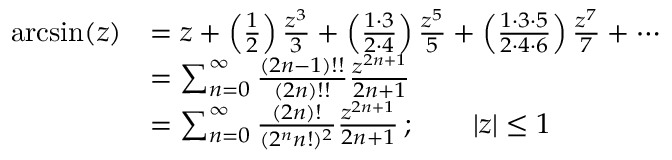
{ \begin{array} { r l } { \arcsin ( z ) } & { = z + \left( { \frac { 1 } { 2 } } \right) { \frac { z ^ { 3 } } { 3 } } + \left( { \frac { 1 \cdot 3 } { 2 \cdot 4 } } \right) { \frac { z ^ { 5 } } { 5 } } + \left( { \frac { 1 \cdot 3 \cdot 5 } { 2 \cdot 4 \cdot 6 } } \right) { \frac { z ^ { 7 } } { 7 } } + \cdots } \\ & { = \sum _ { n = 0 } ^ { \infty } { \frac { ( 2 n - 1 ) ! ! } { ( 2 n ) ! ! } } { \frac { z ^ { 2 n + 1 } } { 2 n + 1 } } } \\ & { = \sum _ { n = 0 } ^ { \infty } { \frac { ( 2 n ) ! } { ( 2 ^ { n } n ! ) ^ { 2 } } } { \frac { z ^ { 2 n + 1 } } { 2 n + 1 } } \, ; \qquad | z | \leq 1 } \end{array} }